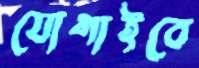
যোগাইবে